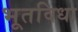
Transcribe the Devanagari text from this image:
भूतविधा